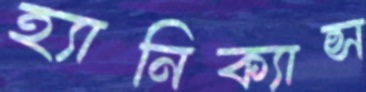
হ্যানিক্যান্স